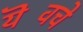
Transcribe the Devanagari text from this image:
यॆवचे